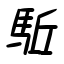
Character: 駈